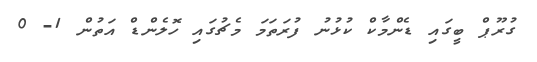
ގުރޫޕް ބީގައި ޑެންމާކް ކުޅުނު ފުރަތަމަ މެޗުގައި ހޮލެންޑް އަތުން 1- 0